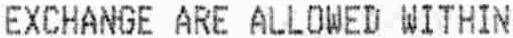
EXCHANGE ARE ALLOWED WITHIN